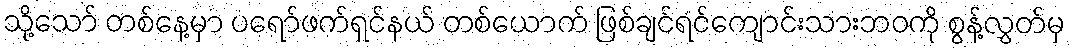
သို့သော် တစ်နေ့မှာ ပရော်ဖက်ရှင်နယ် တစ်ယောက် ဖြစ်ချင်ရင်ကျောင်းသားဘဝကို စွန့်လွှတ်မှ